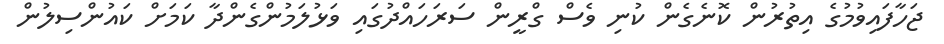
ޖަހާފައިވުމުގެ އިތުރުން ކޮނެގެން ކުނި ވެސް ގްރީން ސަރަހައްދުގައި ވަޅުލަމުންގެންދާ ކަމަށް ކައުންސިލުން